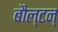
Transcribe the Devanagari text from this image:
बौल्‍टन्‌